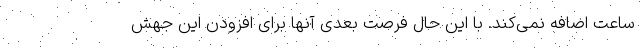
ساعت اضافه نمی‌کند. با این حال فرصت بعدی آنها برای افزودن این جهش